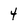
Character: 4